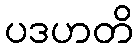
ပဒဟတိ